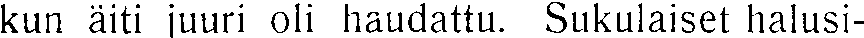
kun äiti juuri oli haudattu. Sukulaiset halusi-